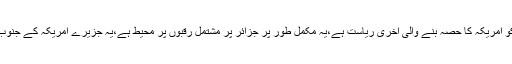
’’ہوائیHawaii ‘‘ 21اگست1959کو امریکہ کا حصہ بنے والی آخری ریاست ہے،یہ مکمل طور پر جزائر پر مشتمل رقبوں پر محیط ہے،یہ جزیرے امریکہ کے جنوب مغربی سمندروں کے اندر واقع ہیں ۔